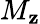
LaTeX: M_{\mathbf{z}}